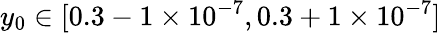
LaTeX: y_{0}\in[0.3-1\times 10^{-7},0.3+1\times 10^{-7}]